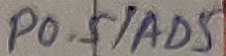
Text: P0.5/AD5